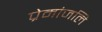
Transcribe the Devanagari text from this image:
प्रेमांजलि